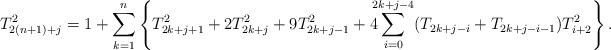
LaTeX: \begin{align*}T_{2(n+1)+j}^2=1+\sum_{k=1}^n\left\{T_{2k+j+1}^2+2T_{2k+j}^2+9T_{2k+j-1}^2+4\!\!\!\sum_{i=0}^{2k+j-4}(T_{2k+j-i}+T_{2k+j-i-1})T_{i+2}^2\right\}.\end{align*}